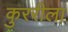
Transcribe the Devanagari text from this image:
कुररीला